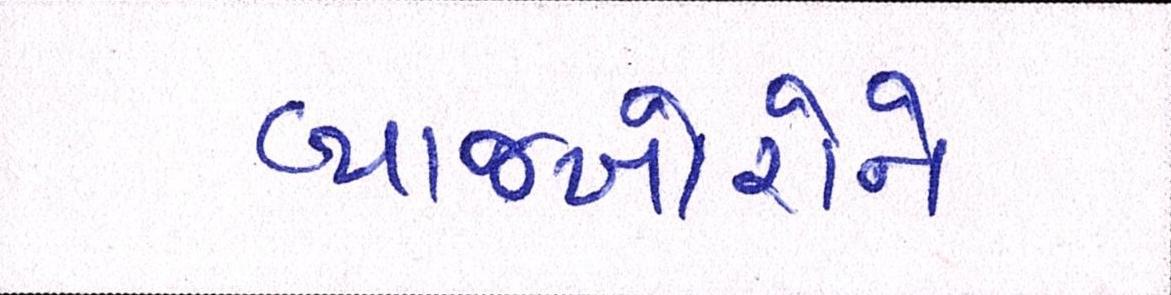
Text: વ્યાજખોરોને